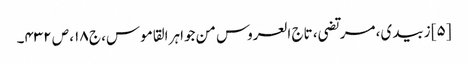
[۵] زبیدی، مرتضی، تاج العروس من جواہر القاموس، ج ۱۸، ص ۴۳۲۔